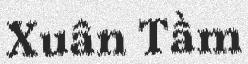
Xuân Tầm